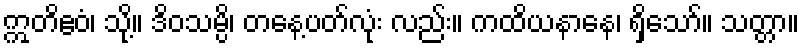
ဣတိဧဝံ၊ သို့။ ဒိဝသမ္ပိ၊ တနေ့ပတ်လုံး လည်း။ ကထိယနာနေ၊ ရှိသော်။ သတ္တာ။